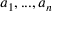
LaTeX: a _ { 1 } , . . . , a _ { n }